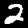
Digit: 2